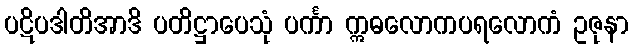
ပဋိပဒါတိအာဒိ ပတိဋ္ဌာပေသုံ ပင်္ကာ ဣဓလောကပရလောကံ ဥဇုနာ